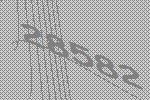
28582